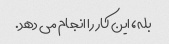
بله، این کار را انجام می دهد.